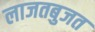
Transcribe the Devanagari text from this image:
लाजतबुजत